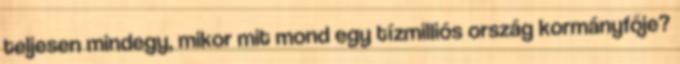
teljesen mindegy, mikor mit mond egy tízmilliós ország kormányfője?